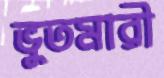
ভুতমারী